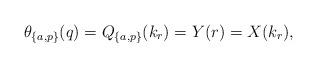
LaTeX: \begin{align*}\theta_{\{a,p\}}(q)=Q_{\{a,p\}}(k_r)=Y(r)=X(k_r),\end{align*}